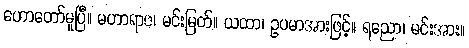
ဟောတော်မူပြီ။ မဟာရာဇ၊ မင်းမြတ်။ ယထာ၊ ဥပမာအားဖြင့်။ ရညော၊ မင်းအား။